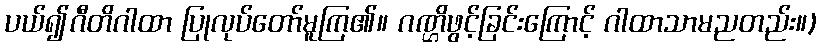
ပယ်၍ဂီတိဂါထာ ပြုလုပ်တော်မူကြ၏။ ဂဏ္ဌိဖွင့်ခြင်းကြောင့် ဂါထာသာမညတည်း။)